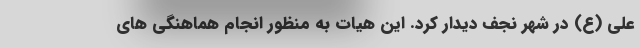
علی (ع) در شهر نجف دیدار کرد. این هیات به منظور انجام هماهنگی های